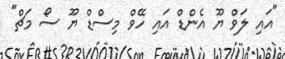
"އައި ލަވް ޔޫ އެންޑް އައި ހޭވް މިސްޑް ޔޫ ސޯ މަޗް"